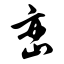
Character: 峦